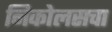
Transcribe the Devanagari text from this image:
निकोलसचा